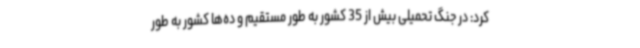
کرد: در جنگ تحمیلی بیش از 35 کشور به طور مستقیم و ده‌ها کشور به طور